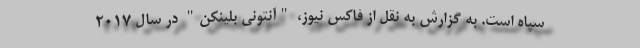
سپاه است. به گزارش به نقل از فاکس نیوز، "آنتونی بلینکن" در سال 2017